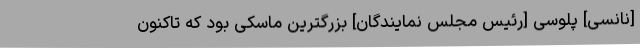
[نانسی] پلوسی [رئیس مجلس نمایندگان] بزرگترین ماسکی بود که تاکنون